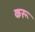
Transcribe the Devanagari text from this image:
करू